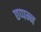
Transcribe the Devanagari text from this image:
छप्पन्न